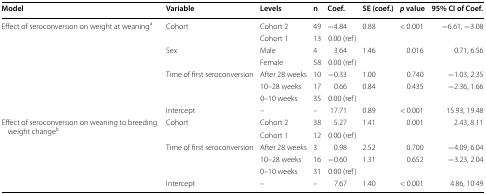
<table><thead><tr><td><b>Model</b></td><td><b>Variable</b></td><td><b>Levels</b></td><td><b>n</b></td><td><b>Coef.</b></td><td><b>SE (coef.)</b></td><td><b><i>p</i> value</b></td><td><b>95% CI of Coef.</b></td></tr></thead><tbody><tr><td rowspan="8">Effect of seroconversion on weight at weaning<sup>a</sup></td><td rowspan="2">Cohort</td><td>Cohort 2</td><td>49</td><td>−4.84</td><td>0.88</td><td>&lt; 0.001</td><td>−6.61, −3.08</td></tr><tr><td>Cohort 1</td><td>13</td><td>0.00 (ref)</td><td></td><td></td><td></td></tr><tr><td rowspan="2">Sex</td><td>Male</td><td>4</td><td>3.64</td><td>1.46</td><td>0.016</td><td>0.71, 6.56</td></tr><tr><td>Female</td><td>58</td><td>0.00 (ref)</td><td></td><td></td><td></td></tr><tr><td rowspan="3">Time of first seroconversion</td><td>After 28 weeks</td><td>10</td><td>−0.33</td><td>1.00</td><td>0.740</td><td>−1.03, 2.35</td></tr><tr><td>10–28 weeks</td><td>17</td><td>0.66</td><td>0.84</td><td>0.435</td><td>−2.36, 1.66</td></tr><tr><td>0–10 weeks</td><td>35</td><td>0.00 (ref)</td><td></td><td></td><td></td></tr><tr><td>Intercept</td><td>–</td><td>–</td><td>17.71</td><td>0.89</td><td>&lt; 0.001</td><td>15.93, 19.48</td></tr><tr><td rowspan="6">Effect of seroconversion on weaning to breeding weight change<sup>b</sup></td><td rowspan="2">Cohort</td><td>Cohort 2</td><td>38</td><td>5.27</td><td>1.41</td><td>0.001</td><td>2.43, 8.11</td></tr><tr><td>Cohort 1</td><td>12</td><td>0.00 (ref)</td><td></td><td></td><td></td></tr><tr><td rowspan="3">Time of first seroconversion</td><td>After 28 weeks</td><td>3</td><td>0.98</td><td>2.52</td><td>0.700</td><td>−4.09, 6.04</td></tr><tr><td>10–28 weeks</td><td>16</td><td>−0.60</td><td>1.31</td><td>0.652</td><td>−3.23, 2.04</td></tr><tr><td>0–10 weeks</td><td>31</td><td>0.00 (ref)</td><td></td><td></td><td></td></tr><tr><td>Intercept</td><td>–</td><td>–</td><td>7.67</td><td>1.40</td><td>&lt; 0.001</td><td>4.86, 10.49</td></tr></tbody></table>